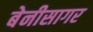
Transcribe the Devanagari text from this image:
बेनीसागर